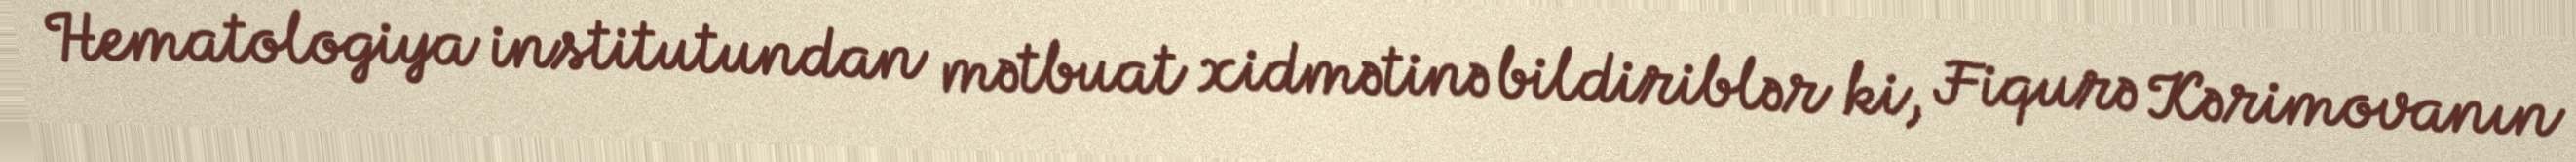
Hematologiya institutundan mətbuat xidmətinə bildiriblər ki, Fiqurə Kərimovanın